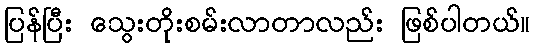
ပြန်ပြီး သွေးတိုးစမ်းလာတာလည်း ဖြစ်ပါတယ်။